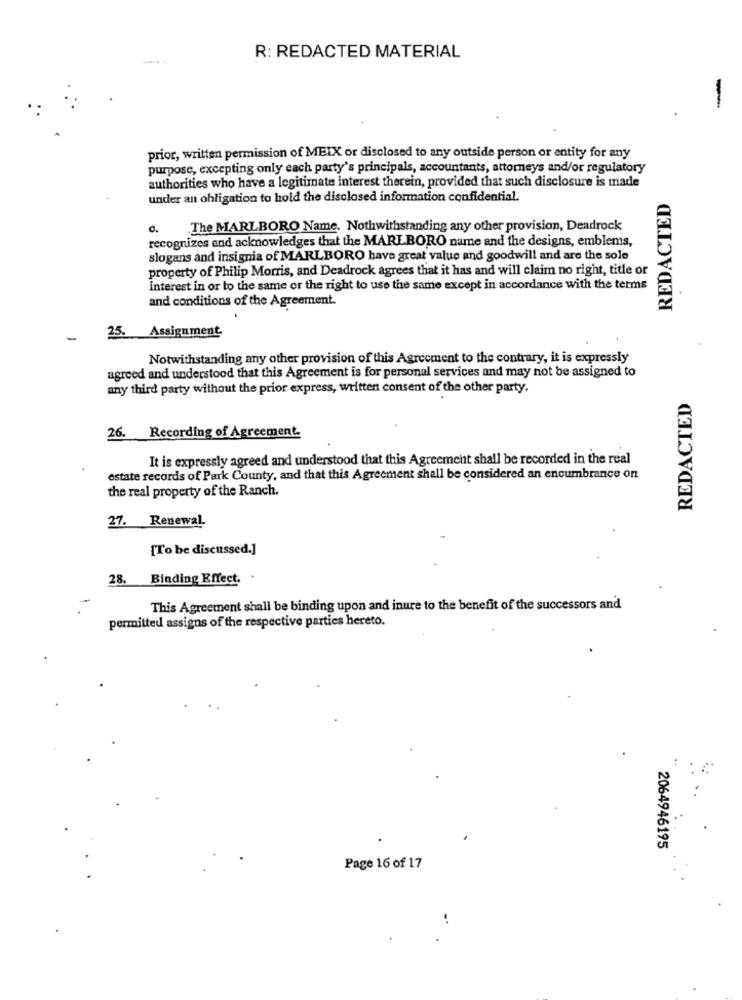
.. .
R: REDACTED MATERIAL
-
prior, written permission of MEIX or disclosed to any outside person or entity for any
purpose, excepting only each party's principals, accountants, attorneys and/or regulatory
authorities who have a legitimate interest therein, provided that such disclosure is made
under an obligation to hold the disclosed information confidential.
REDACTED
The MARLBORO Name. Nothwithstanding any other provision, Deadrock
recognizes and acknowledges that the MARLBORO name and the designs, emblems,
slogans and insignia of MARLBORO have great value and goodwill and are the sole
property of Philip Morris, and Deadrock agrees that it has and will claim no right, title or
interest in or to the same or the right to use the same except in accordance with the terms
and conditions of the Agreement.
-
25. Assignment
Notwithstanding any other provision of this Agreement to the contrary, it is expressly
agreed and understood that this Agreement is for personal services and may not be assigned to
any third party without the prior express, written consent of the other party.
REDACTED
26. Recording of Agreement.
It is expressly agreed and understood that this Agreement shall be recorded in the real
estate records of Park County, and that this Agreement shall be considered an encumbrance on
the real property of the Ranch.
27. Renewal.
[To be discussed.]
28.
Binding Effect.
This Agreement shall be binding upon and inure to the benefit of the successors and
permitted assigns of the respective parties hereto.
2064946195
Page 16 of 17
..